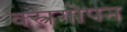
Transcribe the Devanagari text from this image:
वस्त्रगोपन